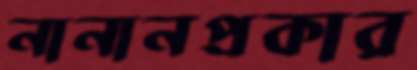
নানানপ্রকার